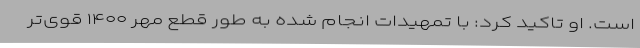
است. او تاکید کرد: با تمهیدات انجام شده به طور قطع مهر ۱۴۰۰ قوی‌تر